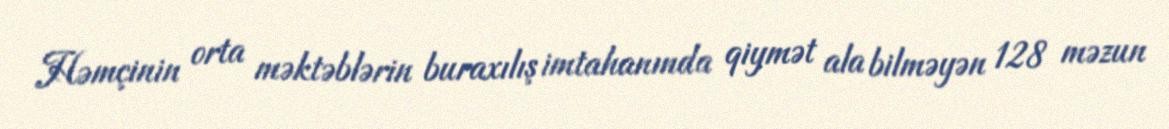
Həmçinin orta məktəblərin buraxılış imtahanında qiymət ala bilməyən 128 məzun